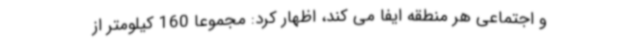
و اجتماعی هر منطقه ایفا می کند، اظهار کرد: مجموعا 160 کیلومتر از